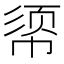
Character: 𫷈